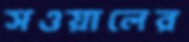
সওয়ালের